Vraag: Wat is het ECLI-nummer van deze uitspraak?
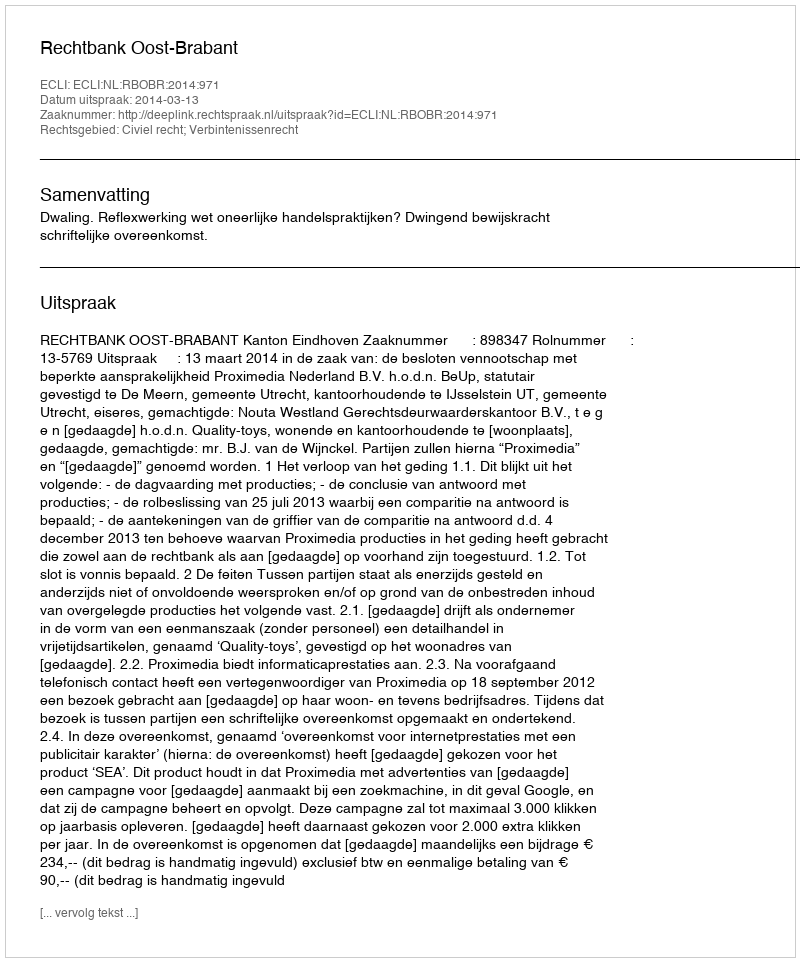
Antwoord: ECLI:NL:RBOBR:2014:971